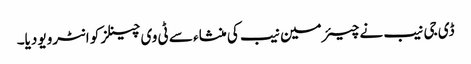
ڈی جی نیب نے چیئرمین نیب کی منشاء سے ٹی وی چینلز کو انٹرویو دیا۔